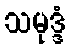
သမုဒ္ဒံ